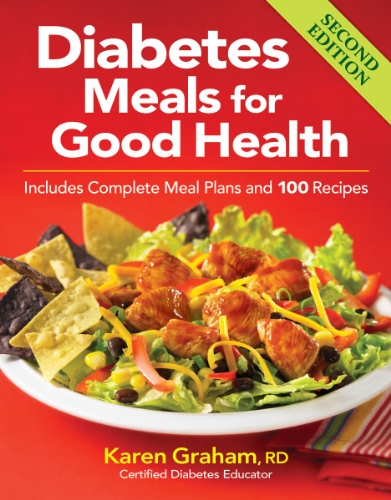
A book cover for Diabetes Meals for Good Health: Includes Complete Meal Plans and 100 Recipes; Karen Graham; Cookbooks, Food & Wine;